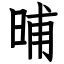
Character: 晡